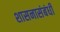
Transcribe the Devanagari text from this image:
शासनासंबंधी